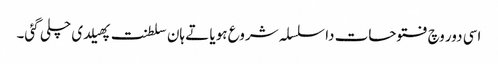
اسی دور وچ فتوحات دا سلسلہ شروع ہویا تے ہان سلطنت پھیلدی چلی گئی۔